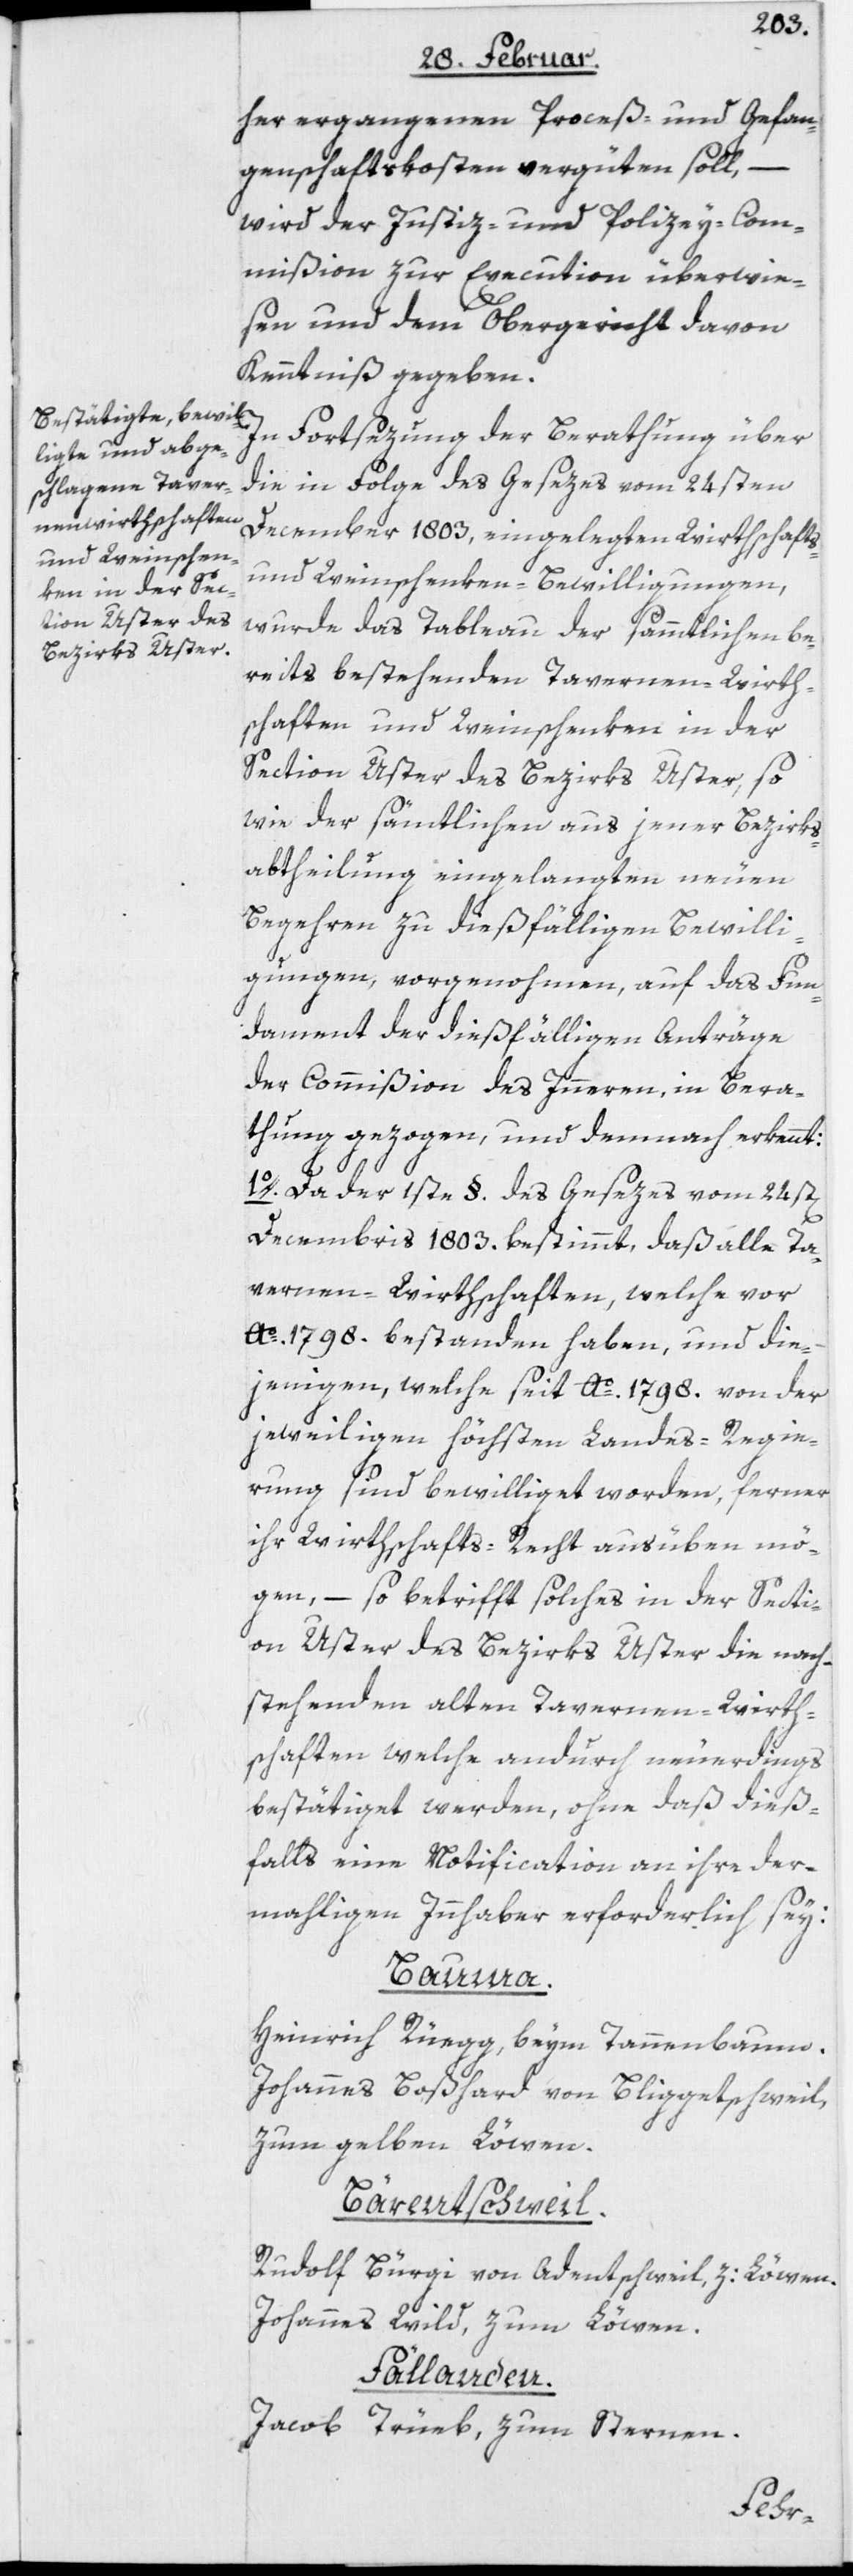
her ergangenen Proceß- und Gefan¬
genschaftskosten vergüten soll, –
wird der Justiz- und Polizey-Com¬
mißion zur Execution überwie¬
sen und dem Obergericht davon
Kenntniß gegeben.
In Fortsezung der Berathung über
die in Folge des Gesezes vom 24sten
December 1803, eingelegten Wirthschafts-
und Weinschenken-Bewilligungen,
wurde das Tableau der sämmtlichen be¬
reits bestehenden Tavernen-Wirth¬
schaften und Weinschenken in der
Section Uster des Bezirks Uster, so
wie der sämtlichen aus jener Bezirks¬
abtheilung eingelangten neuen
Begehren zu dießfälligen Bewilli¬
gungen, vorgenohmen, auf das Fun¬
dament der dießfälligen Anträge
der Commißion des Inneren, in Bera¬
thung gezogen, und demnach erkennt:
1o. Da der 1ste §. des Gesezes vom 24st[en]
Decembris 1803. bestimmt, daß alle Ta¬
vernen-Wirthschaften, welche vor
Ao. 1798. bestanden haben, und die¬
jenigen, welche seit Ao. 1798. von der
jeweiligen höchsten Landes-Regie¬
rung sind bewilliget worden, ferner
ihr Wirthschaft-Recht ausüben mö¬
gen, – so betrifft solches in der Secti¬
on Uster des Bezirks Uster die nach¬
stehenden alten Tavernen-Wirth¬
schaften welche andurch neuerdings
bestätiget werden, ohne daß dieß¬
falls eine Notification an ihre der¬
mahligen Innhaber erforderlich sey:
Bauma.
Heinrich Rüegg, beym Tannenbaum.
Johannes Boßhard von Bliggetschweil,
zum gelben Löwen.
Bärentschweil.
Rudolf Bürgi von Adentschweil, z: Löwen.
Johannes Wild, zum Löwen.
Fällanden.
Jacob Trüeb, zum Sternen.